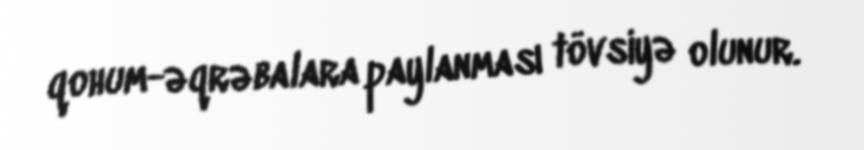
qohum-əqrəbalara paylanması tövsiyə olunur.